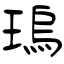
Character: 瑦